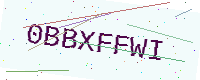
Text: 0BBXFFWI